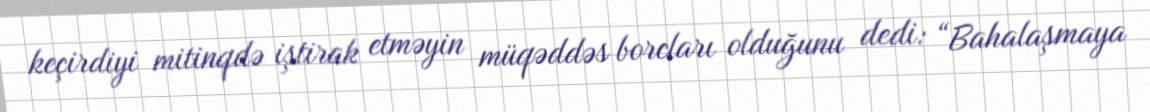
keçirdiyi mitinqdə iştirak etməyin müqəddəs borcları olduğunu dedi: “Bahalaşmaya